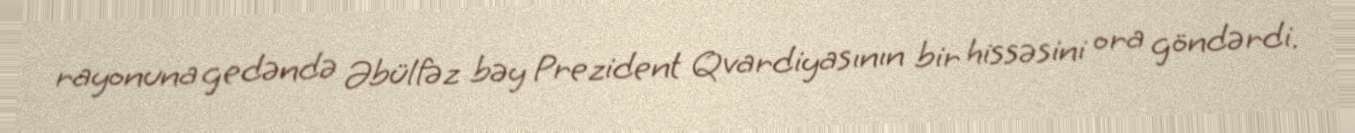
rayonuna gedəndə Əbülfəz bəy Prezident Qvardiyasının bir hissəsini ora göndərdi.